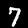
Label: 7